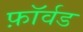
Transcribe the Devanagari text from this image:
फ़ॉर्वड